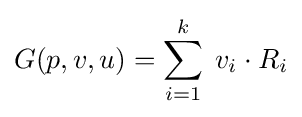
G(p,v,u)=\sum _{i=1}^{k}\;v_{i}\cdot R_{i}